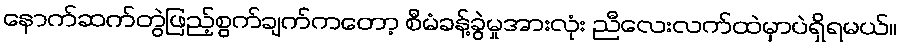
နောက်ဆက်တွဲဖြည့်စွက်ချက်ကတော့ စီမံခန့်ခွဲမှုအားလုံး ညီလေးလက်ထဲမှာပဲရှိရမယ်။